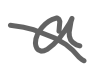
Text: a
Cross-out: diagonal
Writing tool: digital_gray